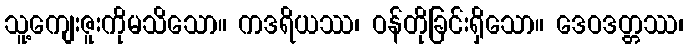
သူ့ကျေးဇူးကိုမသိသော။ ကဒရိယဿ၊ ဝန်တိုခြင်းရှိသော။ ဒေဝဒတ္တဿ၊